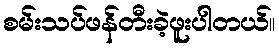
စမ်းသပ်ဖန်တီးခဲ့ဖူးပါတယ်။